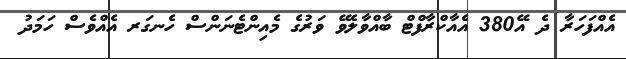
އެއްފަހަރާ ދެ އޭ380 އެއާކްރާފްޓް ބާއްވާލެވޭ ވަރުގެ މެއިންޓެނަންސް ހެނގަރ އެއްވެސް ހަމަދު